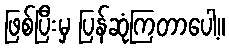
ဖြစ်ပြီးမှ ပြန်ဆုံကြတာပေါ့။